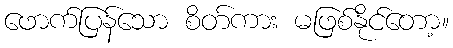
ဖောက်ပြန်သော စိတ်ကား မဖြစ်နိုင်တော့။